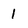
Character: 1